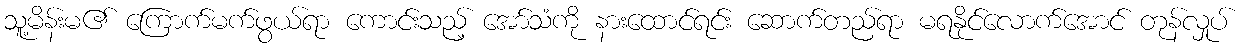
သူ့မိန်းမ၏ ကြောက်မက်ဖွယ်ရာ ကောင်းသည့် အော်သံကို နားထောင်ရင်း ဆောက်တည်ရာ မရနိုင်လောက်အောင် တုန်လှုပ်